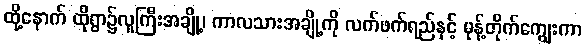
ထို့နောက် ထိုရွာ၌လူကြီးအချို့၊ ကာလသားအချို့ကို လက်ဖက်ရည်နှင့် မုန့်တိုက်ကျွေးကာ